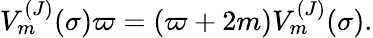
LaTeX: V_{m}^{(J)}(\sigma)\varpi=(\varpi+2m)V_{m}^{(J)}(\sigma).